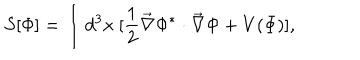
LaTeX: S [ \Phi ] = \int d ^ { 3 } x \ [ \frac { 1 } { 2 } \vec { \nabla } \Phi ^ { * } \cdot \vec { \nabla } \Phi + V ( \Phi ) ] ,